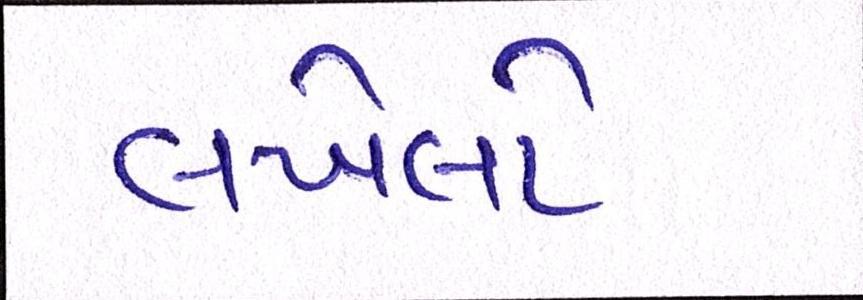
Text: લખેલો